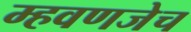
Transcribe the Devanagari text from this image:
म्हवणजेच